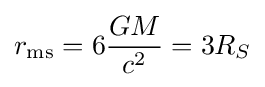
r_{\mathrm {ms} }=6{\frac {GM}{c^{2}}}=3R_{S}